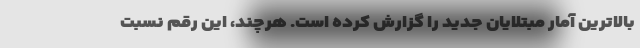
بالاترین آمار مبتلایان جدید را گزارش کرده است. هرچند، این رقم نسبت